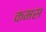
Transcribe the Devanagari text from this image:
कमस